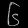
Digit: ၆